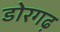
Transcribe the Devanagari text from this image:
डोरगढ़